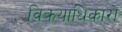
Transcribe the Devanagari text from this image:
विक्रयाधिकारों